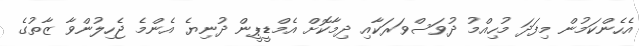
އެހެންކަމުން މިފަދަ މުހިއްމު ދުވަސްވަރަކާއި ދިމާކޮށް އެމްޑީޕީން ދުނިޔެ އެންމެ ޖެހިލުންވާ ޒާތުގެ